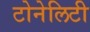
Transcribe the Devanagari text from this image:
टोनेलिटी